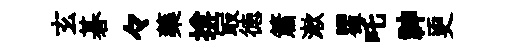
玄碁々藥揜㝡徳簫漱瞿吒神更